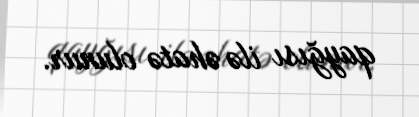
qayğısı ilə əhatə olunur.